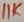
Text: 11K